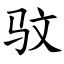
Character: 𫘜